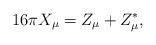
LaTeX: \begin{align*}16\pi X_{\mu}=Z_{\mu}+Z_{\mu}^{\ast}, \end{align*}